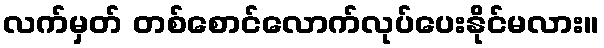
လက်မှတ် တစ်စောင်လောက်လုပ်ပေးနိုင်မလား။